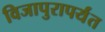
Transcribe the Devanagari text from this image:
विजापुरापर्यंत